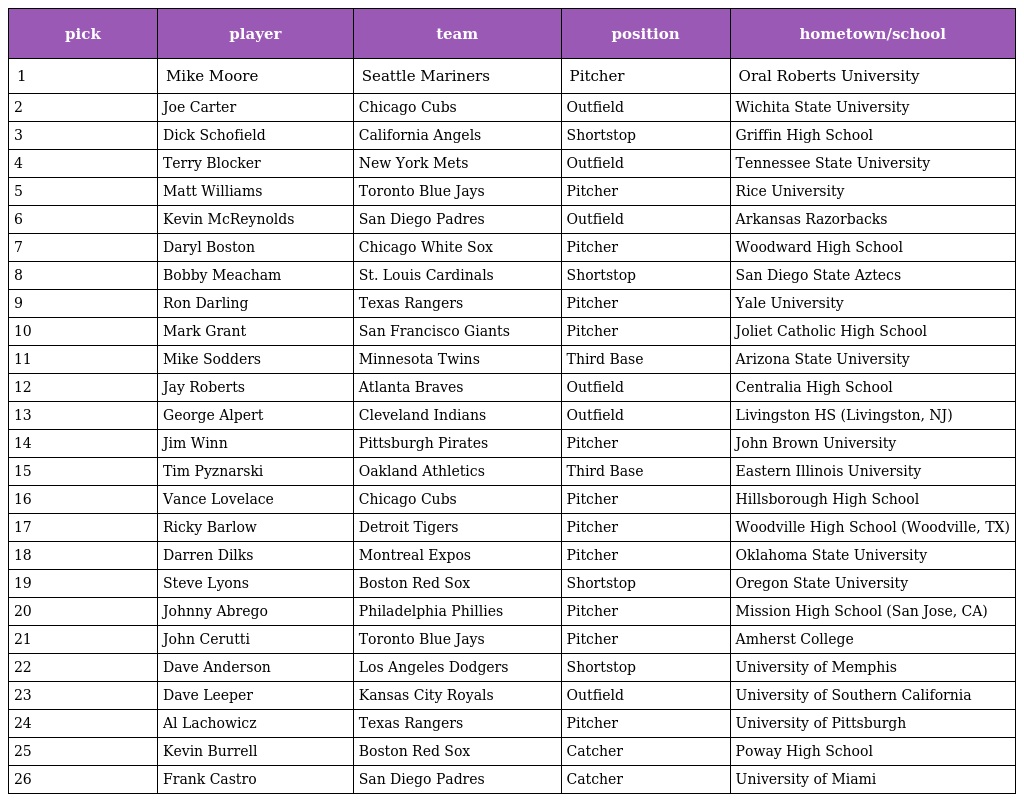
| pick | player | team | position | hometown/school |
 | --- | --- | --- | --- | --- |
 | 1 | Mike Moore | Seattle Mariners | Pitcher | Oral Roberts University |
 | 2 | Joe Carter | Chicago Cubs | Outfield | Wichita State University |
 | 3 | Dick Schofield | California Angels | Shortstop | Griffin High School |
 | 4 | Terry Blocker | New York Mets | Outfield | Tennessee State University |
 | 5 | Matt Williams | Toronto Blue Jays | Pitcher | Rice University |
 | 6 | Kevin McReynolds | San Diego Padres | Outfield | Arkansas Razorbacks |
 | 7 | Daryl Boston | Chicago White Sox | Pitcher | Woodward High School |
 | 8 | Bobby Meacham | St. Louis Cardinals | Shortstop | San Diego State Aztecs |
 | 9 | Ron Darling | Texas Rangers | Pitcher | Yale University |
 | 10 | Mark Grant | San Francisco Giants | Pitcher | Joliet Catholic High School |
 | 11 | Mike Sodders | Minnesota Twins | Third Base | Arizona State University |
 | 12 | Jay Roberts | Atlanta Braves | Outfield | Centralia High School |
 | 13 | George Alpert | Cleveland Indians | Outfield | Livingston HS (Livingston, NJ) |
 | 14 | Jim Winn | Pittsburgh Pirates | Pitcher | John Brown University |
 | 15 | Tim Pyznarski | Oakland Athletics | Third Base | Eastern Illinois University |
 | 16 | Vance Lovelace | Chicago Cubs | Pitcher | Hillsborough High School |
 | 17 | Ricky Barlow | Detroit Tigers | Pitcher | Woodville High School (Woodville, TX) |
 | 18 | Darren Dilks | Montreal Expos | Pitcher | Oklahoma State University |
 | 19 | Steve Lyons | Boston Red Sox | Shortstop | Oregon State University |
 | 20 | Johnny Abrego | Philadelphia Phillies | Pitcher | Mission High School (San Jose, CA) |
 | 21 | John Cerutti | Toronto Blue Jays | Pitcher | Amherst College |
 | 22 | Dave Anderson | Los Angeles Dodgers | Shortstop | University of Memphis |
 | 23 | Dave Leeper | Kansas City Royals | Outfield | University of Southern California |
 | 24 | Al Lachowicz | Texas Rangers | Pitcher | University of Pittsburgh |
 | 25 | Kevin Burrell | Boston Red Sox | Catcher | Poway High School |
 | 26 | Frank Castro | San Diego Padres | Catcher | University of Miami |